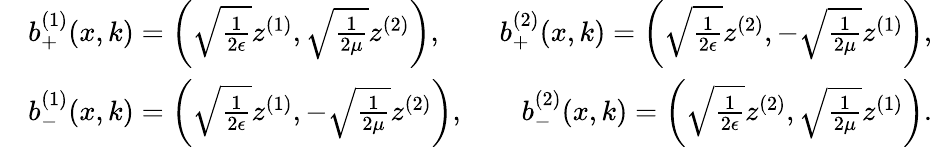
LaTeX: \begin{array}{rl}&{b_{+}^{(1)}(x,k)=\left(\sqrt{\frac{1}{2\epsilon}}z^{(1)},\sqrt{\frac{1}{2\mu}}z^{(2)}\right),\qquad b_{+}^{(2)}(x,k)=\left(\sqrt{\frac{1}{2\epsilon}}z^{(2)},-\sqrt{\frac{1}{2\mu}}z^{(1)}\right),}\\ &{b_{-}^{(1)}(x,k)=\left(\sqrt{\frac{1}{2\epsilon}}z^{(1)},-\sqrt{\frac{1}{2\mu}}z^{(2)}\right),\qquad b_{-}^{(2)}(x,k)=\left(\sqrt{\frac{1}{2\epsilon}}z^{(2)},\sqrt{\frac{1}{2\mu}}z^{(1)}\right).}\end{array}